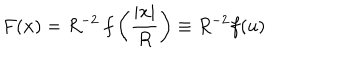
F ( \mathbf { x } ) = R ^ { - 2 } \: f \left( { \frac { | \mathbf { x } | } { R } } \right) \equiv R ^ { - 2 } f ( u )